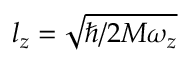
l _ { z } = \sqrt { \hbar / 2 M \omega _ { z } }